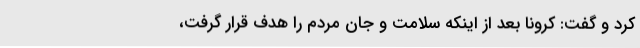
کرد و گفت: کرونا بعد از اینکه سلامت و جان مردم را هدف قرار گرفت،